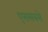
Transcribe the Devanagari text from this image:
एससबसे